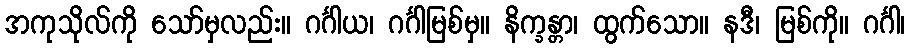
အကုသိုလ်ကို သော်မှလည်း။ ဂင်္ဂါယ၊ ဂင်္ဂါမြစ်မှ။ နိက္ခန္တာ၊ ထွက်သော။ နဒီ၊ မြစ်ကို။ ဂင်္ဂါ၊